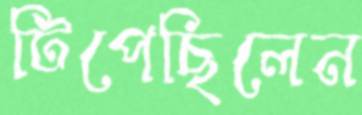
টিপেছিলেন